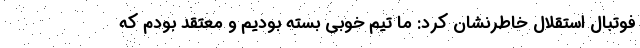
فوتبال استقلال خاطرنشان کرد: ما تیم خوبی بسته بودیم و معتقد بودم که